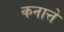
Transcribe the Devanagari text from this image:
कनात्ते